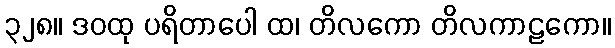
၃၂၈။ ဒဝထု ပရိတာပေါ ထ၊ တိလကော တိလကာဠကော။